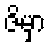
ဇိမှာ